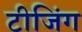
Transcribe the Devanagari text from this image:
टीजिंग